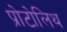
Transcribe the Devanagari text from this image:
प्रोटोलिथ